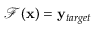
\mathcal { F } ( \mathbf { x } ) = \mathbf { y } _ { t a r g e t }